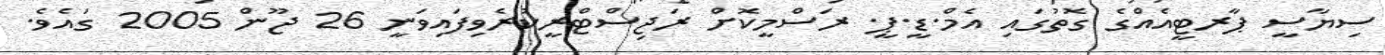
ސިޔާސީ ޕާރޓީއެއްގެ ގޮތުގައި އެމް.ޑީ.ޕީ. ރަސްމީކޮށް ރަޖިސްޓްރީކުރެވިފައިވަނީ 26 ޖޫން 2005 ގައެވެ.